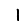
Digit: 1